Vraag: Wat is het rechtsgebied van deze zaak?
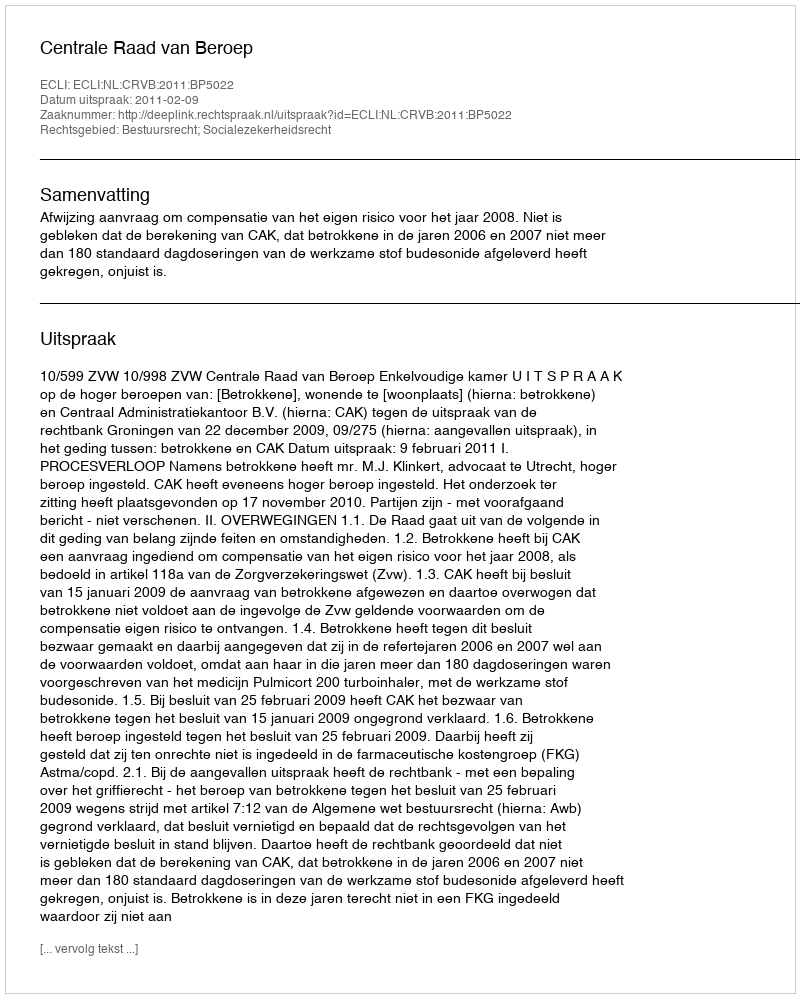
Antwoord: Bestuursrecht; Socialezekerheidsrecht